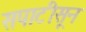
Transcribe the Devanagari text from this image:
सपाटीसून